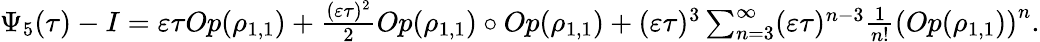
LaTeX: \begin{array}{r}{\Psi_{5}(\tau)-I=\varepsilon\tau Op(\rho_{1,1})+\frac{(\varepsilon\tau)^{2}}{2}Op(\rho_{1,1})\circ Op(\rho_{1,1})+(\varepsilon\tau)^{3}\sum_{n=3}^{\infty}(\varepsilon\tau)^{n-3}\frac{1}{n!}\left(Op(\rho_{1,1})\right)^{n}.}\end{array}